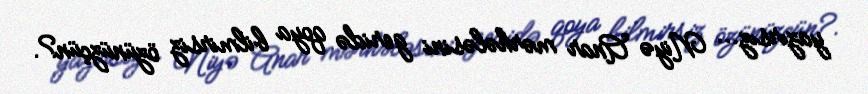
yazırsız... Niyə Anar mərhələsini geridə qoya bilmirsiz özünüzçün?.